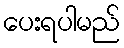
ပေးရပါမည်